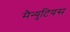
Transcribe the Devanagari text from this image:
मैन्युटियस